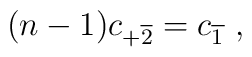
(n-1)c_{+\overline{2}}=c_{\overline{1}}\ ,